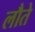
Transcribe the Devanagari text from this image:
लौते